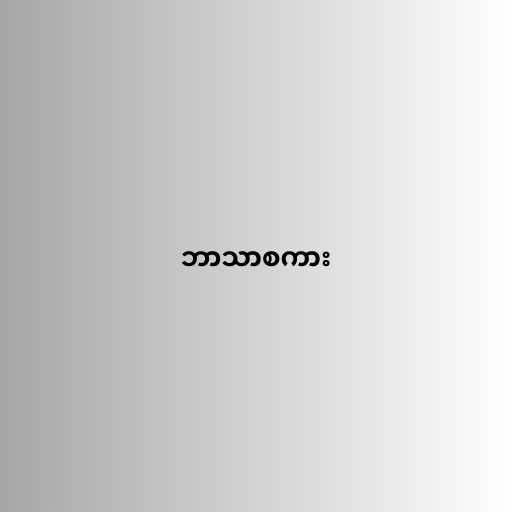
ဘာသာစကား